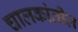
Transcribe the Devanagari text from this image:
चालकांतील